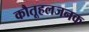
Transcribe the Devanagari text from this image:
कौतूहलजनक